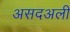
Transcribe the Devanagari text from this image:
असदअली